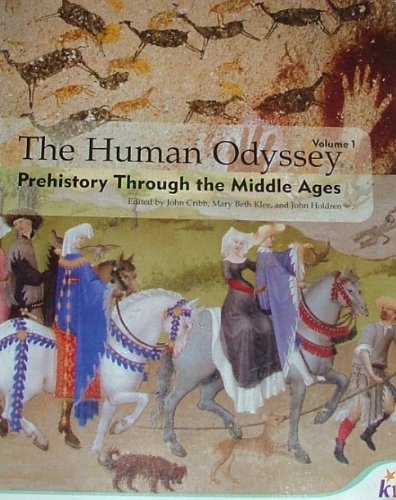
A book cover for The Human Odyssey, Vol. 1: Prehistory Through the Middle Ages; K12 Inc.; History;